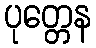
ပုတ္တေန